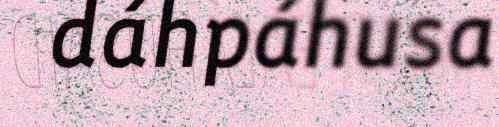
dáhpáhusa